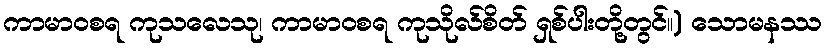
ကာမာဝစရ ကုသလေသု၊ ကာမာဝစရ ကုသိုလ်စိတ် ရှစ်ပါးတို့တွင်။) သောမနဿ